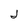
Character: j